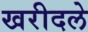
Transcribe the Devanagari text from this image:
खरीदले